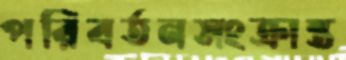
পরিবর্তনসংক্রান্ত